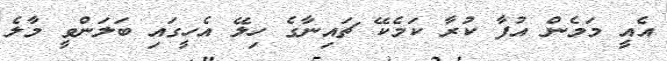
އެއީ މަމެން އުފާ ކުރާ ކަމެކޭ ޗައިނާގެ ހިލޭ އެހީގައި ބަލަންވީ މާލެ